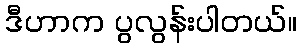
ဒီဟာက ပွလွန်းပါတယ်။